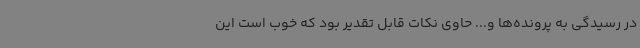
در رسیدگی به پرونده‌ها و... حاوی نکات قابل تقدیر بود که خوب است این